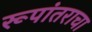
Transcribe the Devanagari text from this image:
रूपांतराचा